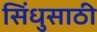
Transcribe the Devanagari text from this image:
सिंधुसाठी